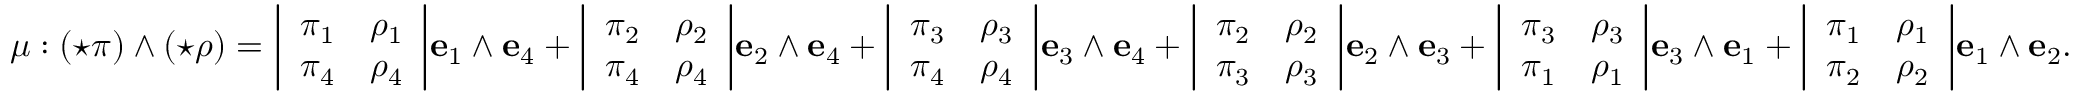
\mu : ( { \star } \pi ) \wedge ( { \star } \rho ) = { \left| \begin{array} { l l } { \pi _ { 1 } } & { \rho _ { 1 } } \\ { \pi _ { 4 } } & { \rho _ { 4 } } \end{array} \right| } \mathbf { e } _ { 1 } \wedge \mathbf { e } _ { 4 } + { \left| \begin{array} { l l } { \pi _ { 2 } } & { \rho _ { 2 } } \\ { \pi _ { 4 } } & { \rho _ { 4 } } \end{array} \right| } \mathbf { e } _ { 2 } \wedge \mathbf { e } _ { 4 } + { \left| \begin{array} { l l } { \pi _ { 3 } } & { \rho _ { 3 } } \\ { \pi _ { 4 } } & { \rho _ { 4 } } \end{array} \right| } \mathbf { e } _ { 3 } \wedge \mathbf { e } _ { 4 } + { \left| \begin{array} { l l } { \pi _ { 2 } } & { \rho _ { 2 } } \\ { \pi _ { 3 } } & { \rho _ { 3 } } \end{array} \right| } \mathbf { e } _ { 2 } \wedge \mathbf { e } _ { 3 } + { \left| \begin{array} { l l } { \pi _ { 3 } } & { \rho _ { 3 } } \\ { \pi _ { 1 } } & { \rho _ { 1 } } \end{array} \right| } \mathbf { e } _ { 3 } \wedge \mathbf { e } _ { 1 } + { \left| \begin{array} { l l } { \pi _ { 1 } } & { \rho _ { 1 } } \\ { \pi _ { 2 } } & { \rho _ { 2 } } \end{array} \right| } \mathbf { e } _ { 1 } \wedge \mathbf { e } _ { 2 } .